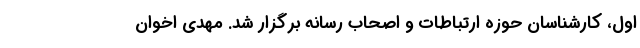
اول، کارشناسان حوزه ارتباطات و اصحاب رسانه برگزار شد. مهدی اخوان